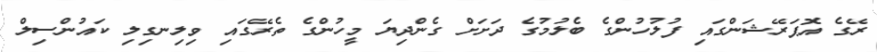
ރޭގެ އޮޕަރޭޝަންގައި ފުލުހުންގެ ބެލުމުގެ ދަށަށް ގެންދިޔަ މީހުންގެ ތެރޭގައި ވިލިނގިލި ކައުންސިލް